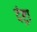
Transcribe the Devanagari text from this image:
दंष्ट्रा